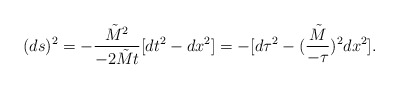
\begin{align*}(ds)^2 = - {{\tilde M}^2 \over -2 {\tilde M} t} [dt^2 - dx^2] = - [d \tau^2 - ({{\tilde M} \over - \tau})^2 dx^2].\end{align*}